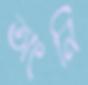
অংনি